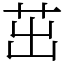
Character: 茁